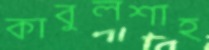
কাবুলশাহ